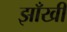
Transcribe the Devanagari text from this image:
झाँखी